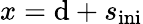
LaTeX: x=\mathrm{d}+s_{\mathrm{{ini}}}